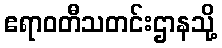
ဧရာဝတီသတင်းဌာနသို့